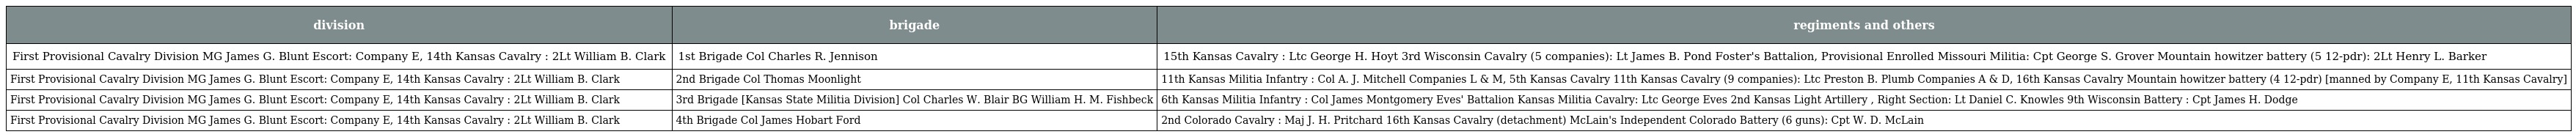
| division | brigade | regiments and others |
 | --- | --- | --- |
 | First Provisional Cavalry Division MG James G. Blunt Escort: Company E, 14th Kansas Cavalry : 2Lt William B. Clark | 1st Brigade Col Charles R. Jennison | 15th Kansas Cavalry : Ltc George H. Hoyt 3rd Wisconsin Cavalry (5 companies): Lt James B. Pond Foster's Battalion, Provisional Enrolled Missouri Militia: Cpt George S. Grover Mountain howitzer battery (5 12-pdr): 2Lt Henry L. Barker |
 | First Provisional Cavalry Division MG James G. Blunt Escort: Company E, 14th Kansas Cavalry : 2Lt William B. Clark | 2nd Brigade Col Thomas Moonlight | 11th Kansas Militia Infantry : Col A. J. Mitchell Companies L & M, 5th Kansas Cavalry 11th Kansas Cavalry (9 companies): Ltc Preston B. Plumb Companies A & D, 16th Kansas Cavalry Mountain howitzer battery (4 12-pdr) [manned by Company E, 11th Kansas Cavalry] |
 | First Provisional Cavalry Division MG James G. Blunt Escort: Company E, 14th Kansas Cavalry : 2Lt William B. Clark | 3rd Brigade [Kansas State Militia Division] Col Charles W. Blair BG William H. M. Fishbeck | 6th Kansas Militia Infantry : Col James Montgomery Eves' Battalion Kansas Militia Cavalry: Ltc George Eves 2nd Kansas Light Artillery , Right Section: Lt Daniel C. Knowles 9th Wisconsin Battery : Cpt James H. Dodge |
 | First Provisional Cavalry Division MG James G. Blunt Escort: Company E, 14th Kansas Cavalry : 2Lt William B. Clark | 4th Brigade Col James Hobart Ford | 2nd Colorado Cavalry : Maj J. H. Pritchard 16th Kansas Cavalry (detachment) McLain's Independent Colorado Battery (6 guns): Cpt W. D. McLain |